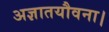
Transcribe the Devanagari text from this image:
अज्ञातयौवना।